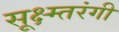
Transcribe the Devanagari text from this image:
सूक्ष्म्तरंगी